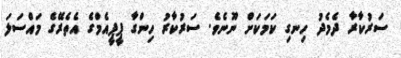
ސަރުކާރާ ދެމެދު ހިނގި ކަމަކަށް ނޫނެވެ. ސަރުކާރު ހިންގާ ޕީޕީއެމްގެ އެތެރޭގެ މައްސަލަ